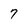
Character: 7